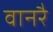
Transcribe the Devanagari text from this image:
वानरै